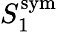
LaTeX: S_{1}^{\mathrm{sym}}